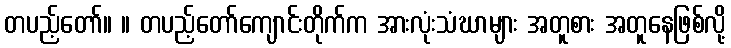
တပည့်တော်။ ။ တပည့်တော်ကျောင်းတိုက်က အားလုံးသံဃာများ အတူစား အတူနေဖြစ်လို့